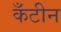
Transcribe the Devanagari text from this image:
कँटीन